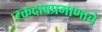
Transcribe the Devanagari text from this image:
रक्तदाबप्रमाणाचे